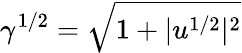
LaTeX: \gamma^{1/2}=\sqrt{1+|u^{1/2}|^{2}}